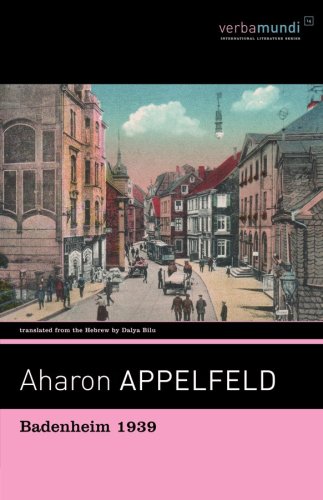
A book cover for Badenheim 1939; Aharon Appelfeld; Literature & Fiction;